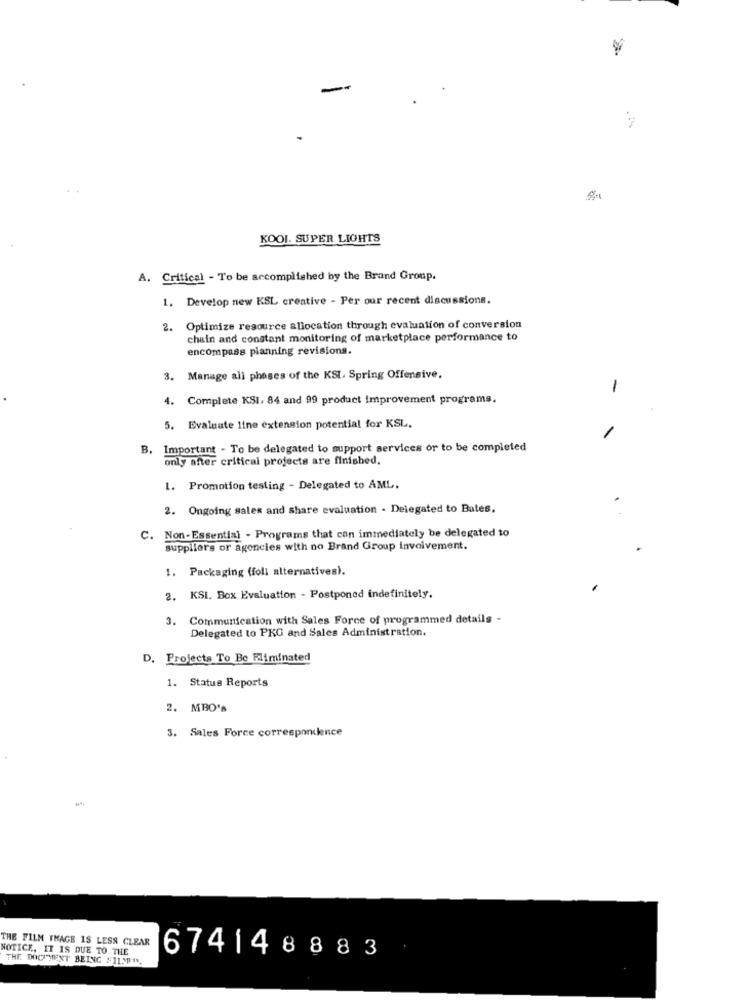
KOOI. SUPER LIGHTS
A. Critical - To be accomplished by the Brand Group.
1. Develop new KSL creative - Per our recent discussions.
2. Optimize resource allocation through evaluation of conversion
chain and constant monitoring of marketplace performance to
encompass planning revisions.
3. Manage all phases of the KSI. Spring Offensive.
-
4. Complete KSI. 84 and 99 product improvement programs.
5. Evaluate line extension potential for KSL.
B. Important - To be delegated to support services or to be completed
only after critical projects are finished.
1. Promotion testing - Delegated to AML.
2. Ongoing sales and share evaluation - Delegated to Bates.
C. Non-Essential - Programs that can immediately be delegated to
suppliers or agencies with no Brand Group involvement.
1. Packaging (foli alternatives).
2. KSI. Box Evaluation - Postponed indefinitely.
3.
Communication with Sales Force of programmed details -
Delegated to PKG and Sales Administration.
D. Projects To Be Eliminated
1. Status Reports
2. MBO's
3. Sales Force corresp
ence
THE FILM THAGE IS LESS CLEAR
NOTICE, IT IS DUE TO THE
THE DOCHENT BEING FILMIN
674148883